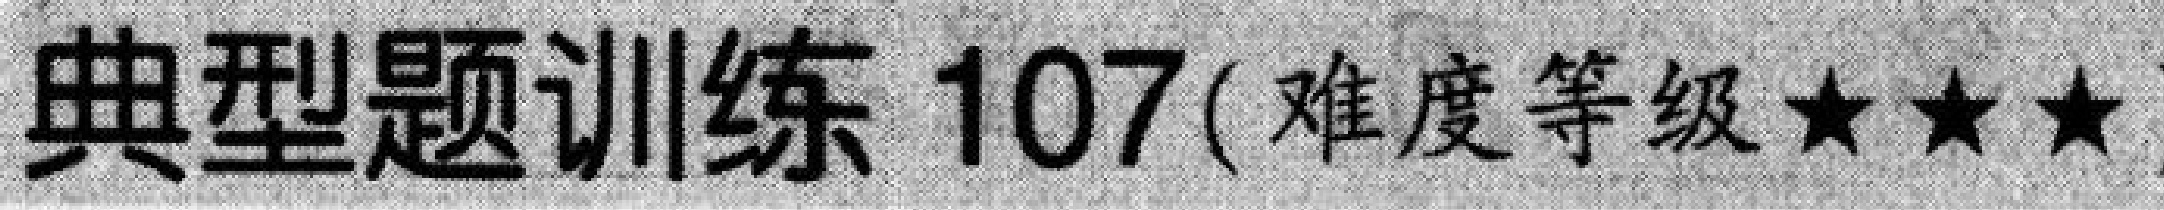
典型题训练 \(107\)（难度等级 \(\star\star\star\)）